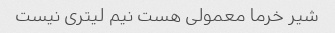
شیر خرما معمولى هست نیم لیترى نیست